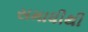
સમાધીથી